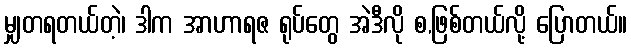
မျှတရတယ်တဲ့၊ ဒါက အာဟာရဇ ရုပ်တွေ အဲဒီလို စ,ဖြစ်တယ်လို့ ပြောတယ်။